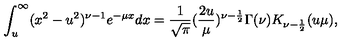
\int _ { u } ^ { \infty } ( x ^ { 2 } - u ^ { 2 } ) ^ { \nu - 1 } e ^ { - \mu x } d x = \frac { 1 } { \sqrt { \pi } } ( \frac { 2 u } { \mu } ) ^ { \nu - \frac { 1 } { 2 } } \Gamma ( \nu ) K _ { \nu - \frac { 1 } { 2 } } ( u \mu ) ,